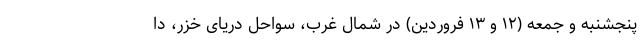
پنجشنبه و جمعه (۱۲ و ۱۳ فروردین) در شمال غرب، سواحل دریای خزر، دا